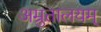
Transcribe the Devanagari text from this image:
अम्रुतालयम्